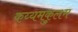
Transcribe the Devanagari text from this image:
कय्यमकुलम